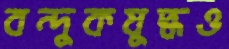
বন্দুকযুদ্ধও